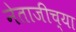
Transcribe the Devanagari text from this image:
नेताजीच्या